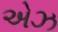
એઝ